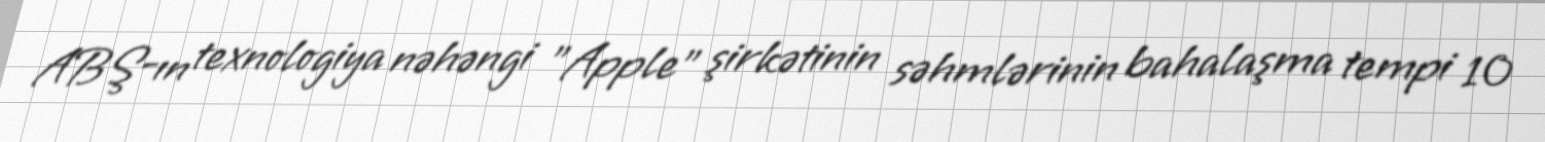
ABŞ-ın texnologiya nəhəngi "Apple" şirkətinin səhmlərinin bahalaşma tempi 10